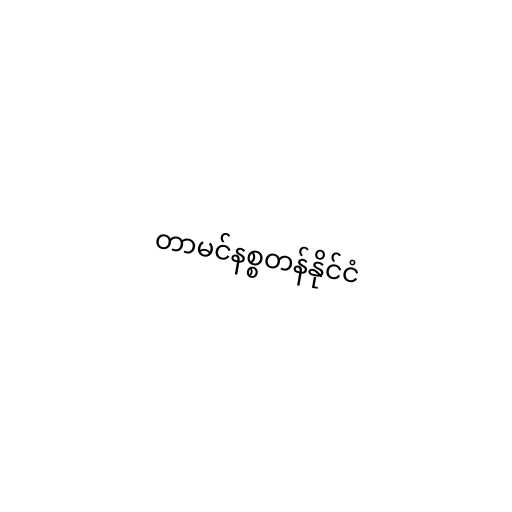
တာမင်နစ္စတန်နိုင်ငံ